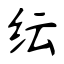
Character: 纭